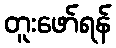
တူးဖော်ရန်